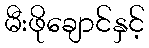
မီးဖိုချောင်နှင့်